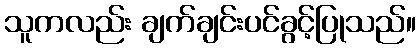
သူကလည်း ချက်ချင်းပင်ခွင့်ပြုသည်။